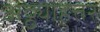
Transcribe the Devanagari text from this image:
अठ्ठ्याहत्तर